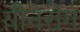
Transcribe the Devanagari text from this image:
यौनरोग